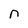
Character: n